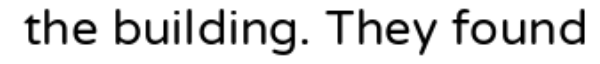
the building. They found